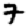
Digit: 7